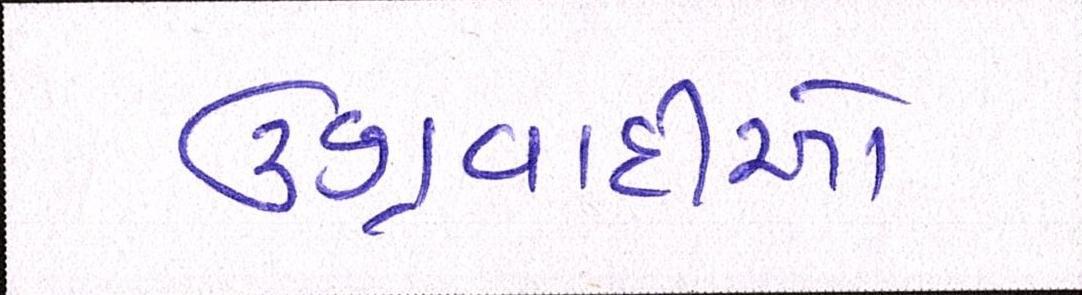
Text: ઉગ્રવાદીઓ